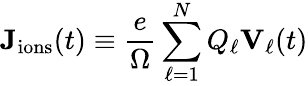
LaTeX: \mathbf{J}_{\mathrm{ions}}(t)\equiv\frac{e}{\Omega}\sum_{\ell=1}^{N}Q_{\ell}\mathbf{V}_{\ell}(t)